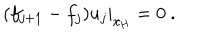
\left. ( f _ { j + 1 } - f _ { j } ) u _ { j } \right| _ { x _ { \mathrm { H } } } = 0 \ .